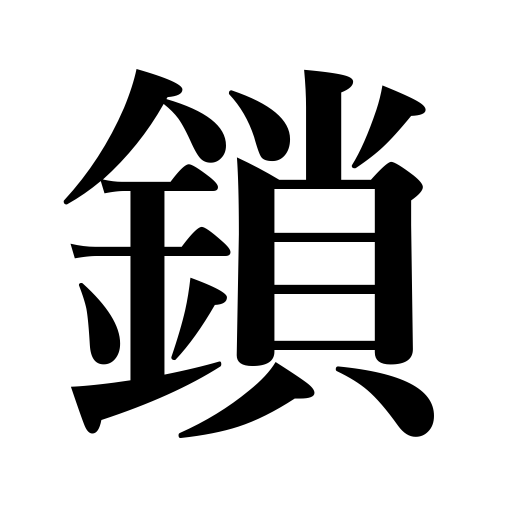
Meanings: chain,irons,connection